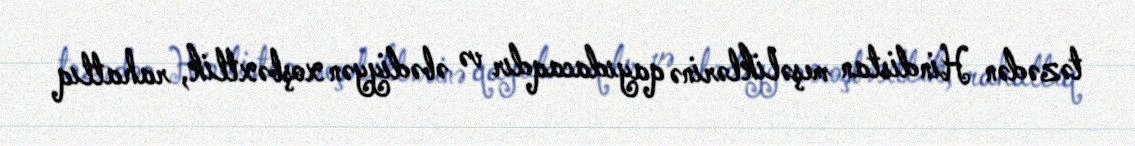
təzədən Hindistan meşəliklərinə qayıdacaqdır və əbədiyyən xoşbəxtlik, rahatlıq